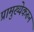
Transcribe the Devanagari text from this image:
प्रामुख्येकरून